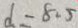
d = 8 . 5